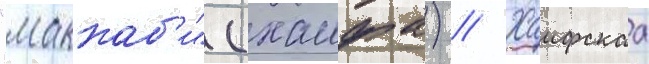
"маккаб'и" (хаифа) // Хаифскаа